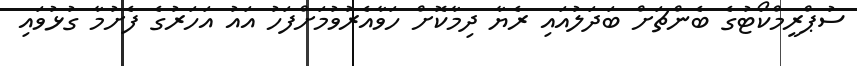
ސުޕްރީމްކޯޓުގެ ބެންޗަށް ބަދަލުއައި ރެޔާ ދިމާކޮށް ހަވާއެރުވުމަށްފަހު އައު އަހަރުގެ ފެށުމާ ގުޅުވައި